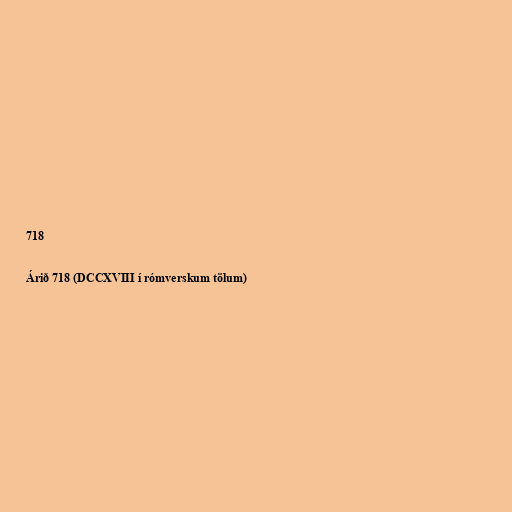
718

Árið 718 (DCCXVIII í rómverskum tölum)